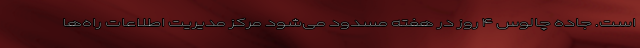
است. جاده چالوس ۴ روز در هفته مسدود می‌شود مرکز مدیریت اطلاعات راه‌ها